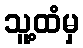
သူ့ထံမှ